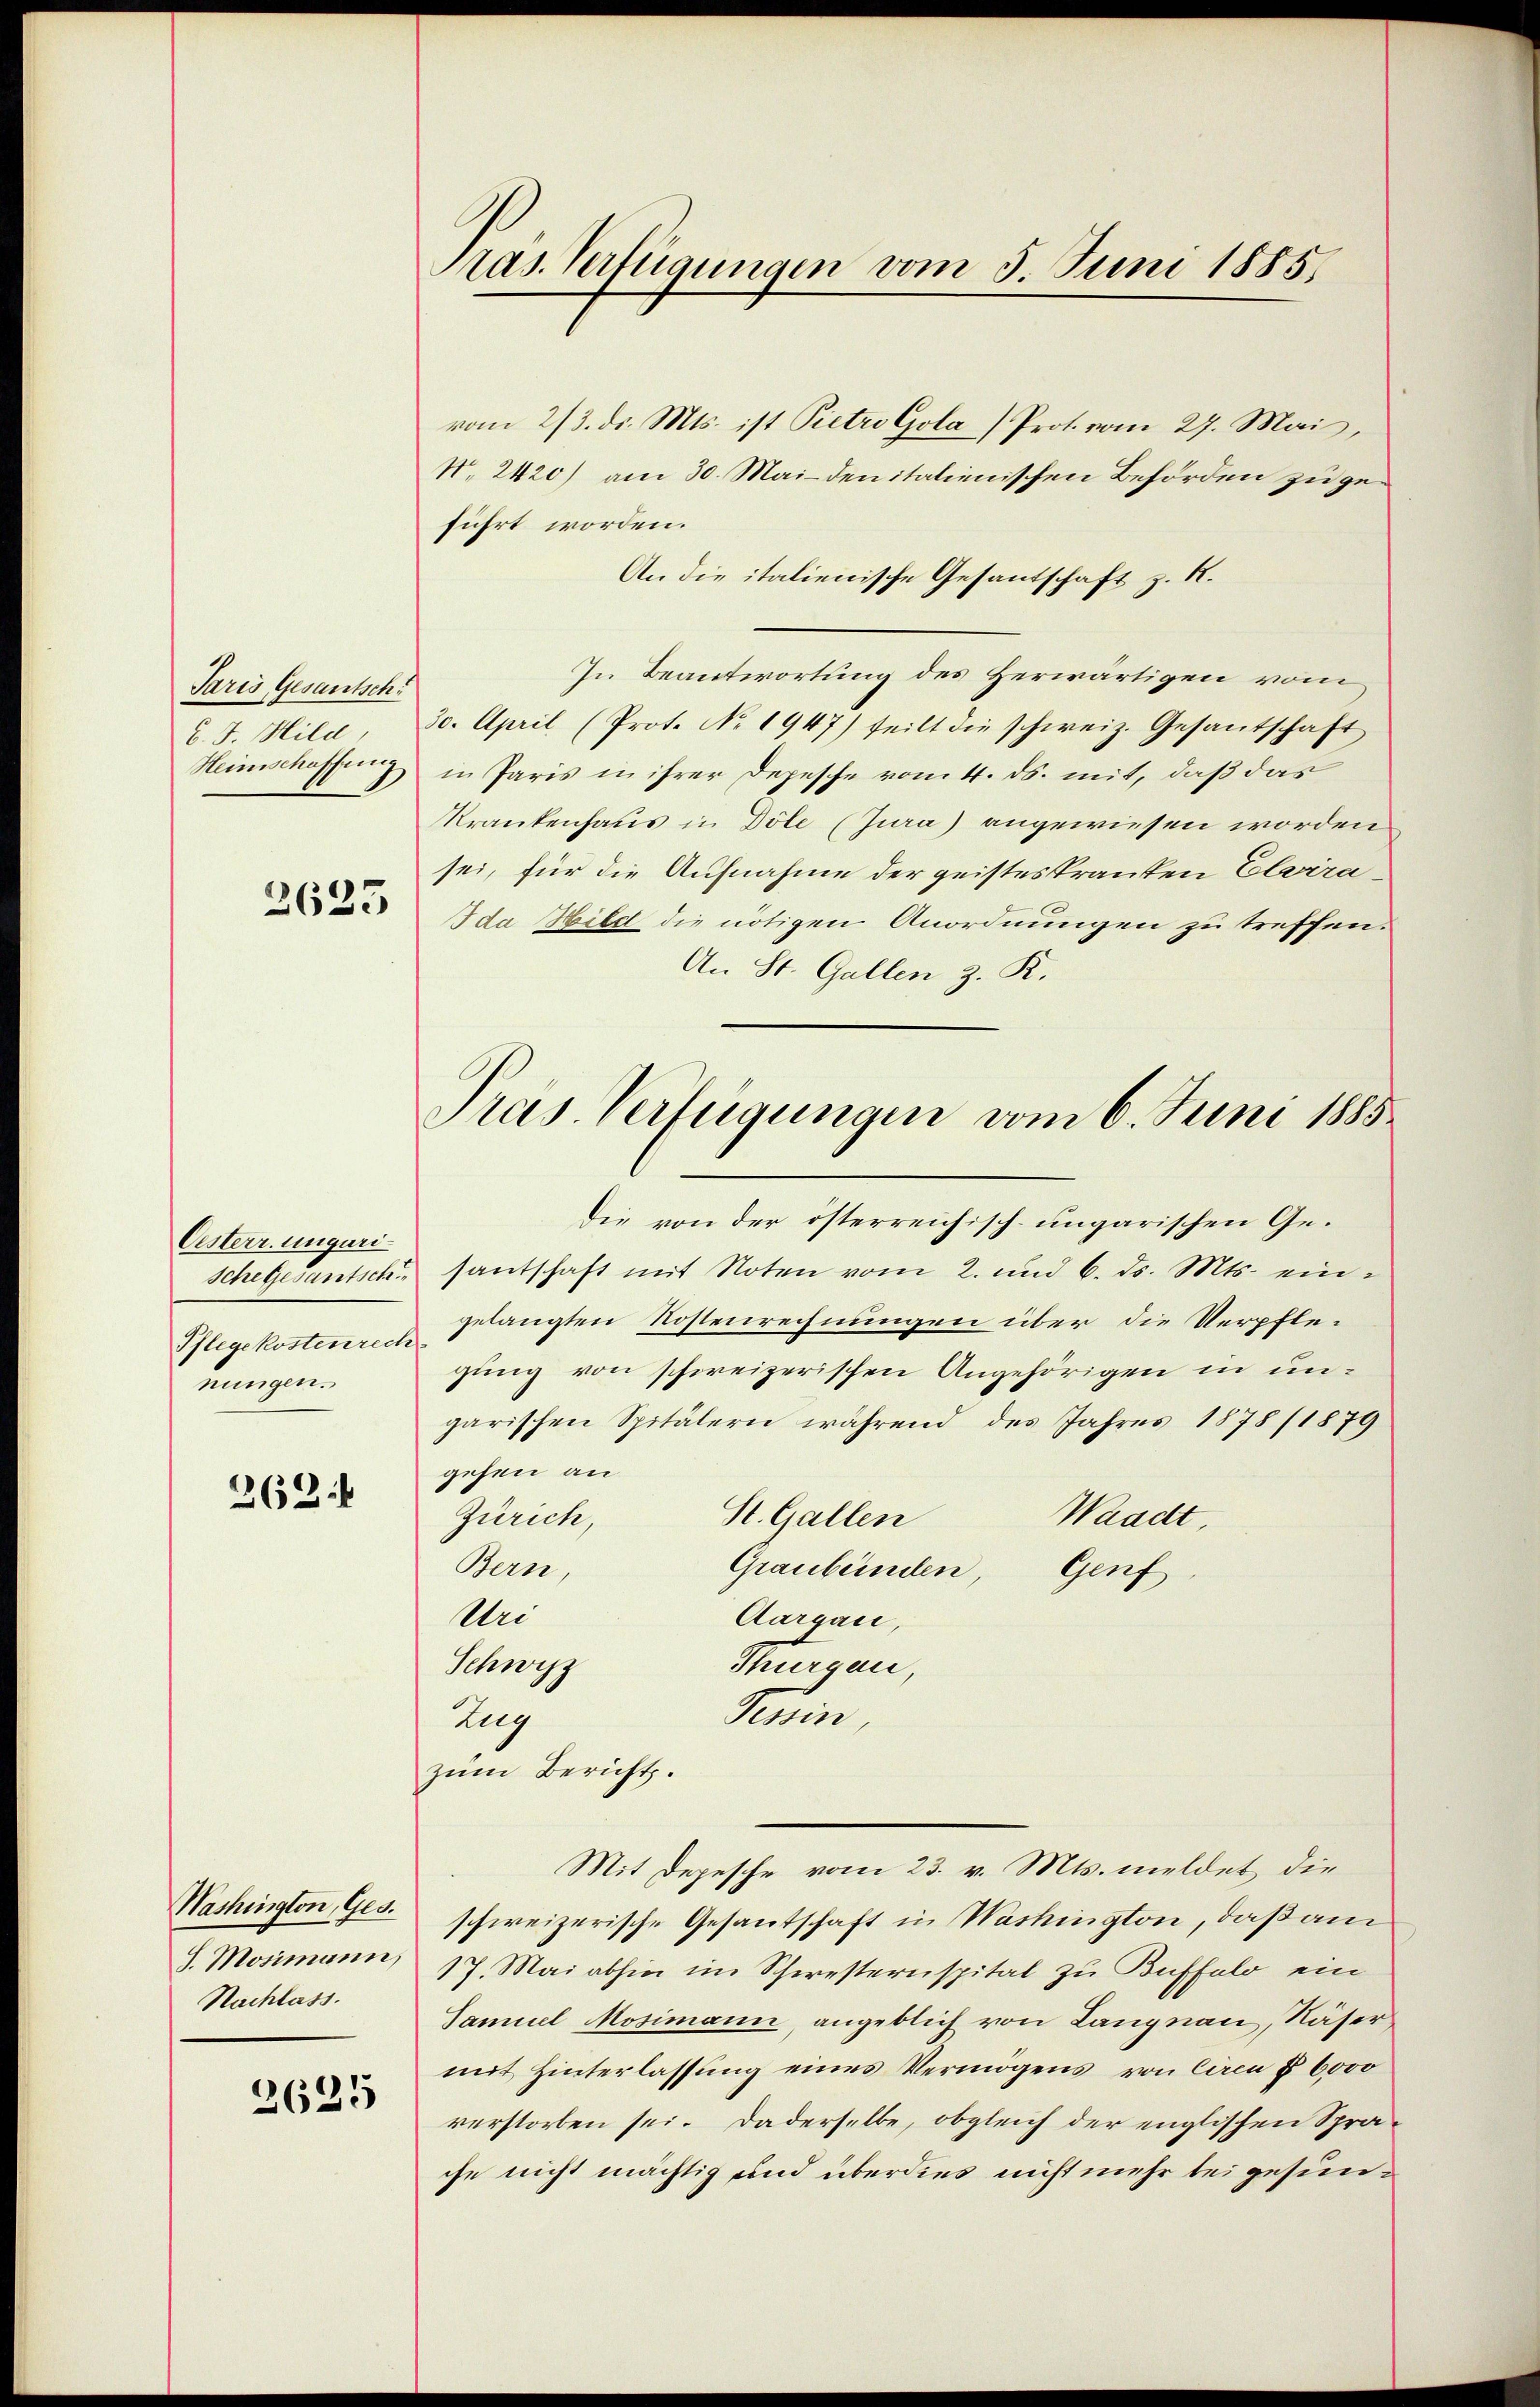
Paris Gesantsch
C. J. Hild,
Heimschaffung

2625

Oesterr. unguri
sche Gesantsch¬
Pflegekostenrech
nungen.

262.

Washington, Ges.
J. Mosimann,
Nachlass.

2625

Pras. Verfügungen vom 5. Juni 1885.

Pras-Verfügungen vom 6. Juni 1885

vom 2/3. ds. Mts. ist Pietro Gola) Prot. vom 27. Mai,
N. 2420) am 30. Mai den italienischen Behörden zugeführt worden.
An die italienische Gesantschaft z. R.
In Beantwortung des Herwärtigen vom
30. April (Prot. No. 1947) teilt die schweiz. Gesantschaft
in Paris in ihrer Depesche vom 4. ds. mit, daß das
Krankenhaus in Döle (Jura) angewiesen worden
sei, für die Aufnahme der geistes Pranten Eleira¬
Ida Bild die nötigen Anordnungen zu treffen.
An St. Gallen z. K.
Die von der österreichisch-ungarischen Gesantschaft mit Noten vom 2. und 6. ds. Mts. eingelangten Kostenrechnungen über die Verpflegung von schweizerischen Angehörigen in ungarischen Spitälern während des Jahres 1878/1879
gehen an
St. Gallen
Waadt.
Zürich,
Graubünden
Bern,
Genf
u
Aargau,
Thurgau
Schwyz
Tessin
Zug
zum Bericht.
Mit Depesche vom 23. v. Mts. meldet die
schweizerische Gesantschaft in Washington, daß am
17. Mai abhin im Schwesternspital zu Buffalo ein
Samuel Mosimann, angeblich von Langnau, Näser
mit Hinterlassung eines Vermögens von Ciren § 6000
verstorben sei. Daderselbe, obgleich der englischen Sprache nicht mächtig und überdies nicht mehr bei gesun¬